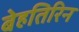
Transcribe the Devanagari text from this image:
बेहतिरिन